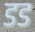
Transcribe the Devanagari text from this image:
डड